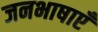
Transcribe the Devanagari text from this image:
जनभाषाएँ